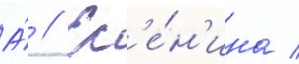
А́ // Ес'е́н'ина /